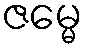
ဇမ္မေ